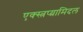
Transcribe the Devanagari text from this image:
एक्स्त्रप्य्रामिदल